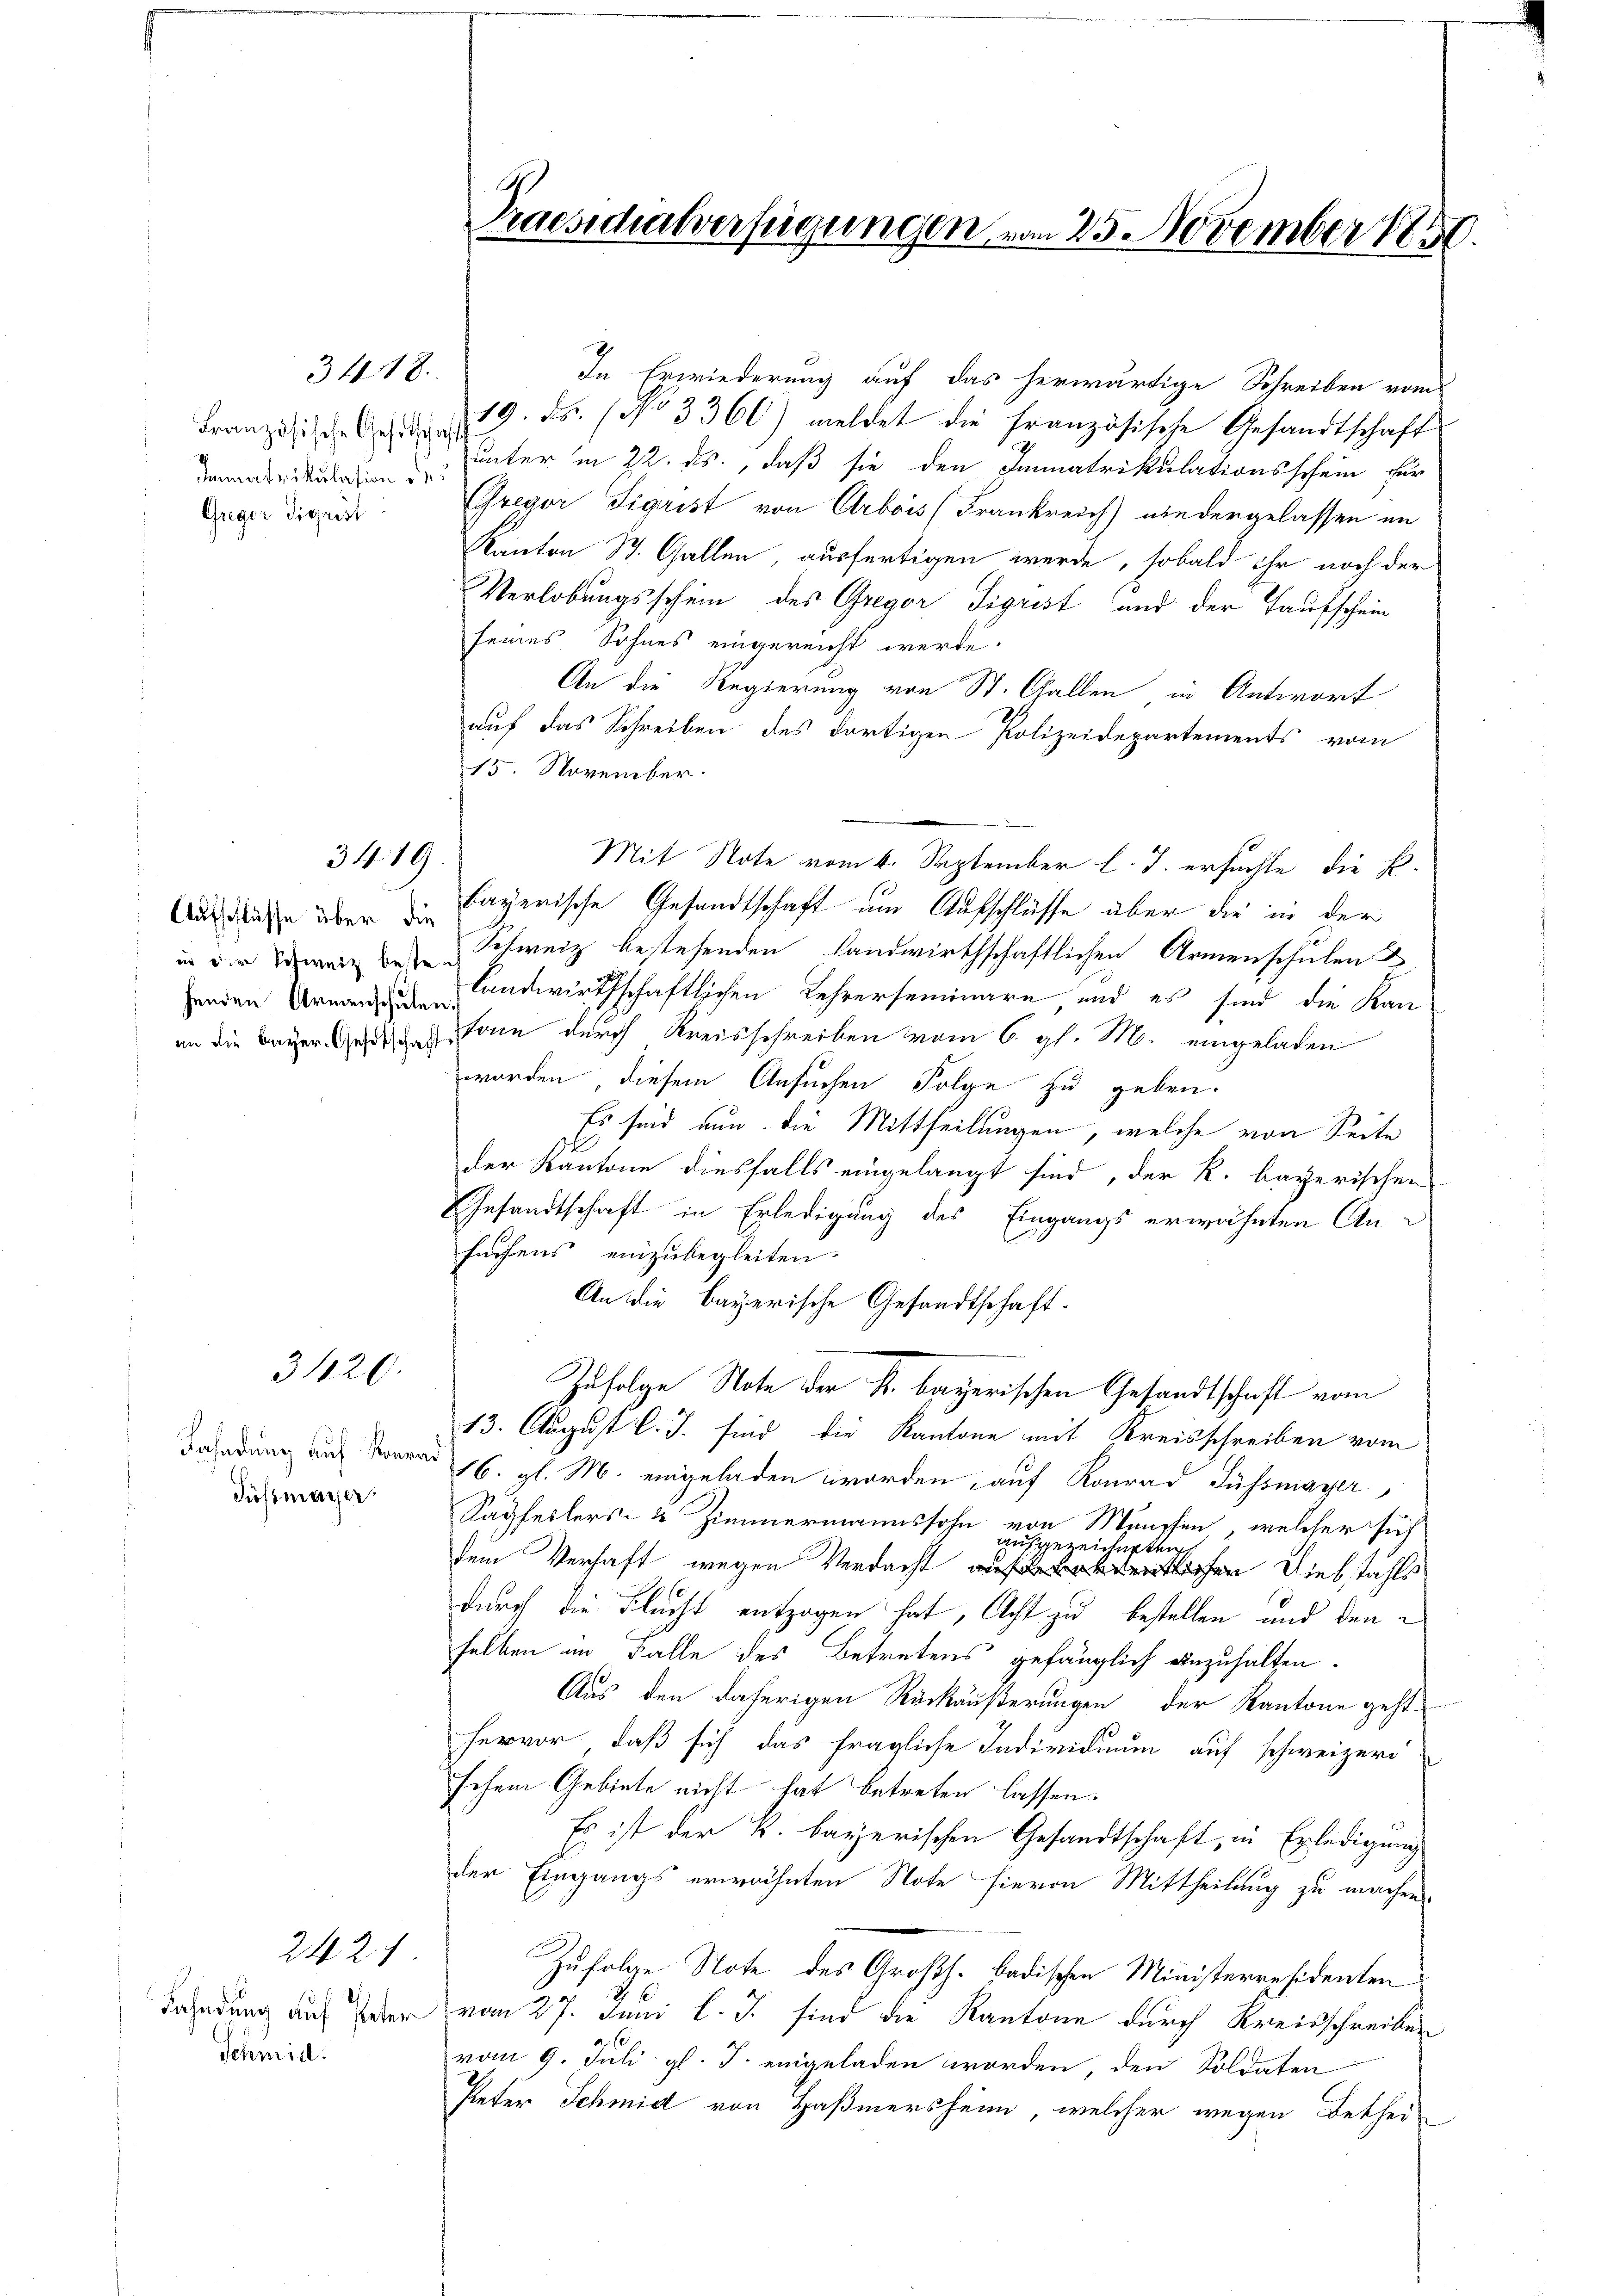
Aufschlüsse über die

Französische Gesitschaft
Immatrikulation des
Greger Sigrist

Fahndung auf Konrad
Sussmayer

3420.

Schmidl:

242

3418.

3419.

In Erwiederung auf das herwärtige Schreiben vom
19. ds. (No 3360) meldet die französische Gesandtschaft
unter in 22. ds., daß sie den Immatrikulationsschein für
Gregor Sigrist von Arbois (Frankreich) wiedergelassen an
Kanton St. Gallen, ausfertigen werde, sobald ihr noch der
Verlobungsschein des Gregor Sigrist und der Taufschein
seines Sohnes eingereicht werde.
An die Regierung von St. Gallen in Antwort
auf das Schreiben des dortigen Polizeidepartements vom
15. November.
Mit Note vom 6. September l. J. ersuchte, die P.
bayerische Gesandtschaft um Aufschlüsse über die in der
in der Schweiz des Schweiz bestehenden Landwirthschaftlichen Armenschulen &
enden andwirthschaftlichen Lehrerseminare und es sind die Kanan die Bayerner kann durch Kreisschreiben vom 6. gl. M. eingeladen
worden, diesem Ansuchen Folge zu geben.
Es sind nun die Mittheilungen, welche von Seite
i
der Kantone diesfalls eingelangt sind, der K. bayerischen
Gesandtschaft in Erledigung des Eingangs erwähnten Ansuchens einzubegleiten.
An die bayerische Gesandtschaft.
Zufolge Note der k. bayerischen Gesandtschaft vom
13. August l. J. sind die Kantone mit Kreisschreiben vom
16. gl. M. eingeladen worden, auf Konrad Fussmayer
Sapferlers- 2 Zimmermannssohn von München, welcher sich
ausgezeichneten
dem Verhaft wegen Verdacht entlichen Diebstahls
durch die Flacht entzogen hat, Acht zu bestellen und den
selben im Falle des Betretens gefänglich anzuhalten.
Aus den daherigen Rückäußerungen der Kantone geht
hervor, daß sich das fragliche Individuum auf schweizeri
schen Gebiete nicht hat betreten lassen.
Es ist der k. bayerischen Gesandtschaft, in Erledigung
der Eingangs erwähnten Note hievon Mittheilung zu machen.
Zufolge Note des Großh. badischen Ministerresidenten
Bahndung auf der vom 27. Juni l. J. sind die Kantone durch Kreisschreiben
vom 9. Juli gl. J. eingeladen worden, den Soldaten
Peter Schmid von Haßmersheim, welcher wegen Bethei¬

Praesidialverfügungen vom 25. November 1891